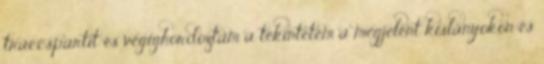
traccspartit és végighordoztam a tekintetem a megjelent kislányokon és